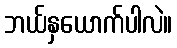
ဘယ်နှယောက်ပါလဲ။